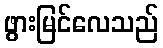
ဖွားမြင်လေသည်